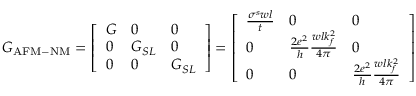
G _ { \mathrm { A F M - N M } } = \left[ \begin{array} { l l l } { G } & { 0 } & { 0 } \\ { 0 } & { G _ { S L } } & { 0 } \\ { 0 } & { 0 } & { G _ { S L } } \end{array} \right] = \left[ \begin{array} { l l l } { \frac { \sigma ^ { s } w l } { t } } & { 0 } & { 0 } \\ { 0 } & { \frac { 2 e ^ { 2 } } { h } \frac { w l k _ { f } ^ { 2 } } { 4 \pi } } & { 0 } \\ { 0 } & { 0 } & { \frac { 2 e ^ { 2 } } { h } \frac { w l k _ { f } ^ { 2 } } { 4 \pi } } \end{array} \right]